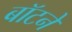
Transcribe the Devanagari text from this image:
बॉटने